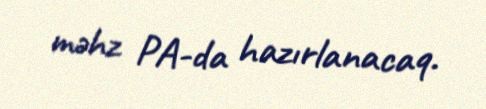
məhz PA-da hazırlanacaq.